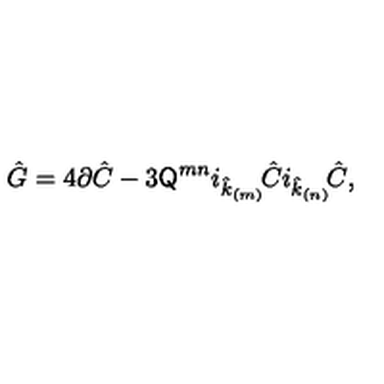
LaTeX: \hat { G } = 4 \partial \hat { C } - 3 \mathsf { Q } ^ { m n } i _ { \hat { k } _ { \scriptscriptstyle ( m ) } } \! \hat { C } i _ { \hat { k } _ { \scriptscriptstyle ( n ) } } \! \hat { C } ,